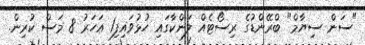
"ސަން ސިޔާމް" ބްރޭންޑުގެ ރިސޯޓެއް ލަންކާގައި ހުޅުވައިފި1 އަހަރު 8 މަސް ކުރިން.